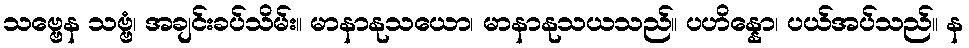
သဗ္ဗေန သဗ္ဗံ၊ အချင်းခပ်သိမ်း။ မာနာနုသယော၊ မာနာနုသယသည်။ ပဟိန္နော၊ ပယ်အပ်သည်။ န